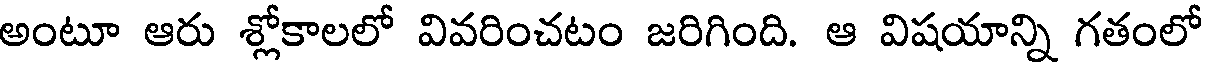
అంటూ ఆరు శ్లోకాలలో వివరించటం జరిగింది. ఆ విషయాన్ని గతంలో